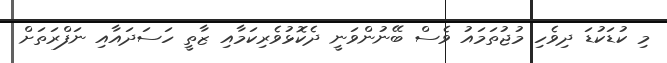
މި ކުޑަކުޑަ ދިވެހި މުޖުތަމައު ވެސް ބޭނުންވަނީ ދެކޮޅުވެރިކަމާއި ޒާތީ ހަސަދައާއި ނަފްރަތަށް